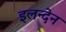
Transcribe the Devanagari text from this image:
इलन्देन